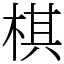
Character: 棋